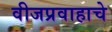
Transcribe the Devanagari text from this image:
वीजप्रवाहाचे